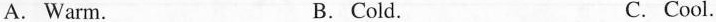
A. Warm. B.Cold. C.Cool.